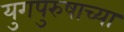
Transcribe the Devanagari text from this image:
युगपुरुषाच्या